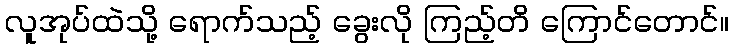
လူအုပ်ထဲသို့ ရောက်သည့် ခွေးလို ကြည့်တိ ကြောင်တောင်။